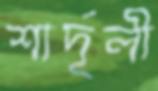
শার্দূলী